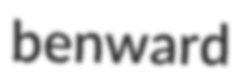
benward